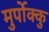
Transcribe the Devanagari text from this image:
मुर्पोक्कु